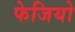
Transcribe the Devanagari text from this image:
फेजियो